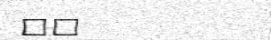
٢٦